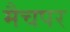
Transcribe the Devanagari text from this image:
मैचपर